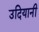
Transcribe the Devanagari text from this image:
उदियानी